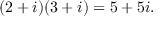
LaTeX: ( 2 + i ) ( 3 + i ) = 5 + 5 i .